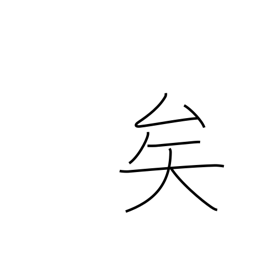
Meaning: sentence particle